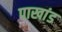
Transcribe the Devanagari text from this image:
पाखांड